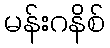
မန်းဂနိစ်